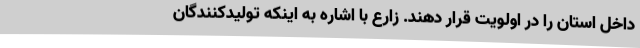
داخل استان را در اولویت قرار دهند. زارع با اشاره به اینکه تولیدکنندگان